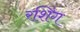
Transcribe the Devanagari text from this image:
रशिंग